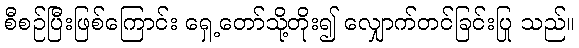
စီစဉ်ပြီးဖြစ်ကြောင်း ရှေ့တော်သို့တိုး၍ လျှောက်တင်ခြင်းပြု သည်။